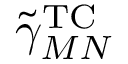
\tilde { \gamma } _ { M N } ^ { \mathrm { T C } }